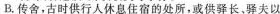
B.传舍，古时供行人休息住宿的处所，或供驿长、驿夫以